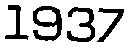
1937